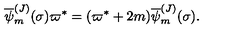
{ \overline { \psi } _ { m } ^ { ( J ) } } ( \sigma ) \varpi ^ { * } = ( \varpi ^ { * } + 2 m ) { \overline { \psi } _ { m } ^ { ( J ) } } ( \sigma ) .